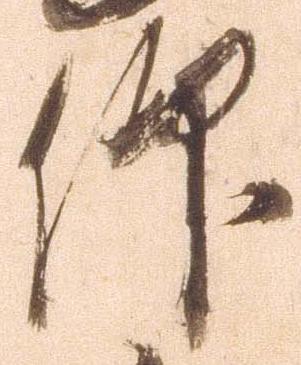
仰